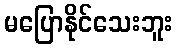
မပြောနိုင်သေးဘူး